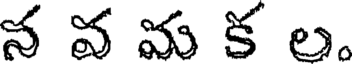
న వ మ క ల.